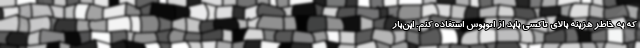
که به خاطر هزینه بالای تاکسی باید از اتوبوس استفاده کنم. این‌بار